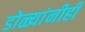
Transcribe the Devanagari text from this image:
डोळ्यांनीही